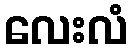
လေးလံ